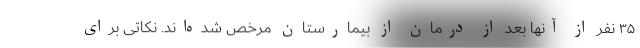
۳۵ نفر از آنها بعد از درمان از بیمارستان مرخص شده‌اند. نکاتی برای